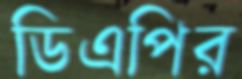
ডিএপির